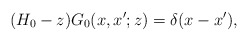
\begin{align*}(H_0-z)G_0(x,x';z)=\delta(x-x'),\end{align*}